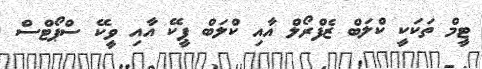
ޓީމް ތަކަކީ ކްލަބް ޒެފްރޯލް އާއި ކްލަބް ޕީކޭ އާއި ވީކޭ ސްޕޯޓްސް